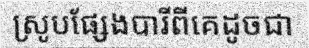
ស្រូបផ្សែងបារីពីគេដូចជា